Sketch of the medical history of the native army of Bombay, for the year
Year: 1875
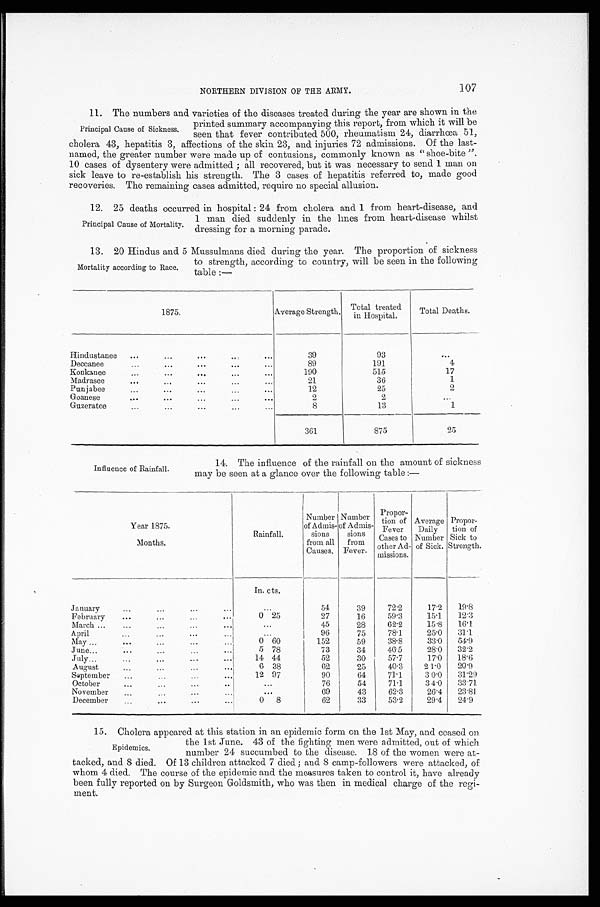
107
NORTHERN DIVISION OF THE ARMY.
11. The numbers and varieties of the diseases treated during the year are shown in the
printed summary accompanying this report, from which it will be
seen that fever contributed 500, rheumatism 24, diarrhœa 51,
cholera 43, hepatitis 3, affections of the skin 23, and injuries 72 admissions. Of the last-
named, the greater number were made up of contusions, commonly known as " shoe-bite ".
10 cases of dysentery were admitted ; all recovered, but it was necessary to send 1 man on
sick leave to re-establish his strength. The 3 cases of hepatitis referred to, made good
recoveries. The remaining cases admitted, require no special allusion.
12. 25 deaths occurred in hospital : 24 from cholera and 1 from heart-disease, and
1 man died suddenly in the lines from heart-disease whilst
dressing for a morning parade.
13. 20 Hindus and 5 Mussulmans died during the year. The proportion
to strength, according to country, will be seen in the following
table :-
1875.
Average Strength. Total treated
in Hospital.
Total Deaths.
Hindustanee ...
. . .
...
. . .
. . .
39
93
. . .
Deccanee
...
...
...
...
. . .
89
191
4
Konkanee
. . .
. . .
...
...
. . .
190
515
17
Madrasee
...
. . .
...
...
...
21
39
1
Punjabee
. . .
. . .
. . .
. . .
...
12
25
2
Goanese
. . .
...
...
. . .
. . .
2
2
. . .
Guzeratee
...
. . .
...
...
...
8
13
1
361
875
25
Principal Cause of Sickness.
Principal Cause of Mortality.
Mortality according to Race.
Influence of Rainfall.
14. The influence of the rainfall on the amount of sickness
may be seen at a glance over the following table :—
Year 1875.
M o n t h s .
Rai nfal l .
Number
of Admis
sions
from all
Causes.
Number
of A d mis
sions
from
Fever.
Proper-
tion of
Fever
Cases to
other Ad-
missions.
Average
Daily
Number
of Sick.
Propor-
tion of
Sick to
Strength.
In. c t s .
January
. . .
. . .
. . .
. . .
. . .
54
39
72.2
17.2 19.8
February
. . .
. . .
. . .
. . .
0 25
27
16
59.3
15.1 12.3
March ...
. . .
. . .
. . .
. . .
. . .
.
45
28
62.2
15.8 16.1
April
. . .
. . .
. . .
. . .
. . .
9 6
75
78'1
25.0 31.1
May ...
. . .
. . .
. . .
. . .
0 60
152
59
38.8
33.0 54.9
June...
. . .
. . .
. . .
. . .
5 78
73
34
46-5
28.0 32.2
July...
. . .
. . .
. . .
. . .
14 44
52
30
57.7
17.0 18.6
August
. . .
. . .
. . .
. . .
6 38
62
25
40.3
21 .0 20.9
September
. . .
. . .
. . .
. . .
12 97
90
64
71.1
30 .0 31.29
October
. . .
. . .
. . .
. . . ...
7 6
54
71.1
3 4 .0 33.71
November
. . .
. . .
. . .
. . .
...
69
43
62.3
26.4 23.81
December
. . .
. . .
. . .
. . . 0
8
62
33
53.2
29.4 24.9
15. Cholera appeared at this station in an epidemic form on the 1st May, and ceased on
Epidemics.
the 1st June. 43 of the fighting men were admitted, out of which.
number 24 succumbed to the disease. 18 of the women were at-
tacked, and 8 died. Of 13 children attacked 7 died ; and 8 camp-followers were attacked, of
whom 4 died. The course of the epidemic and the measures taken to control it, have already
been fully reported on by Surgeon Goldsmith, who was then in medical charge of the regi-
ment.